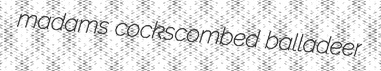
madams cockscombed balladeer